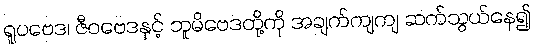
ရူပဗေဒ၊ ဇီဝဗေဒနှင့် ဘူမိဗေဒတို့ကို အချက်ကျကျ ဆက်သွယ်နေ၍